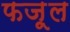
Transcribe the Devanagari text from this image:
फज़ूल